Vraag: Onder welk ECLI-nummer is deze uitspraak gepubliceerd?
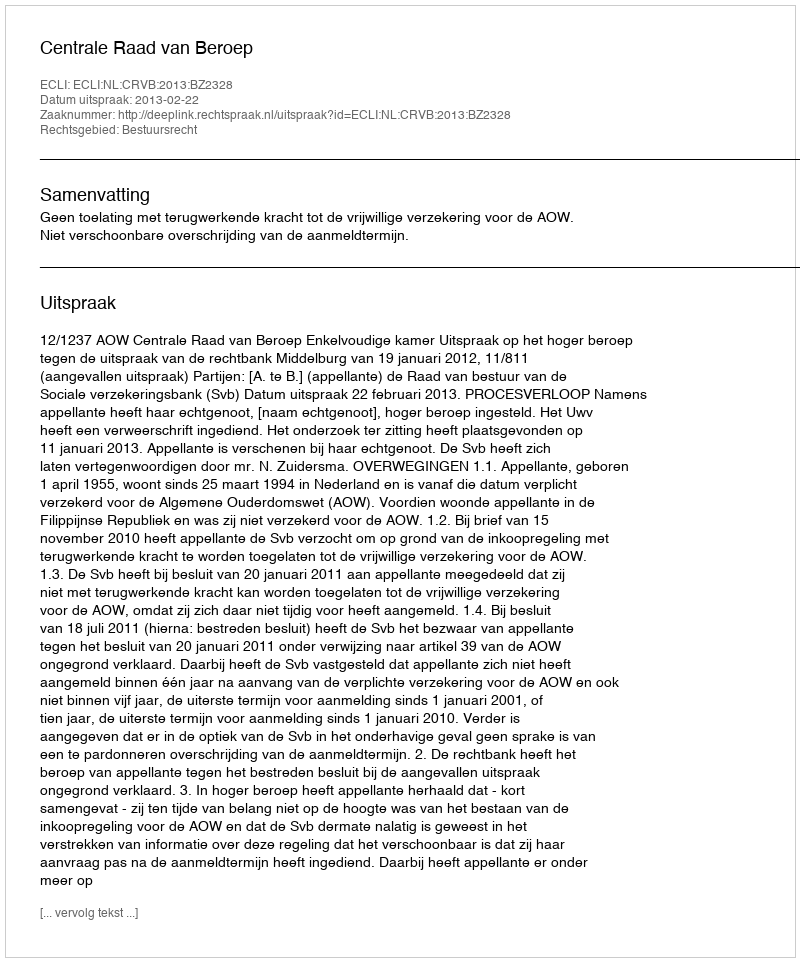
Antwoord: ECLI:NL:CRVB:2013:BZ2328